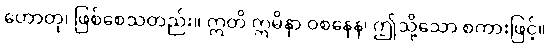
ဟောတု၊ ဖြစ်စေသတည်း။ ဣတိ ဣမိနာ ဝစနေန၊ ဤသို့သော စကားဖြင့်။